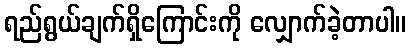
ရည်ရွယ်ချက်ရှိကြောင်းကို လျှောက်ခဲ့တာပါ။